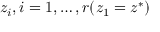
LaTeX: z _ { i } , i = 1 , \dots , r ( z _ { 1 } = z ^ { * } )